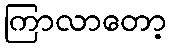
ကြာလာတော့